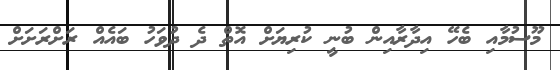
މޫސުމާއި ބެހޭ އިދާރާއިން ބުނީ ކުރިޔަށް އޮތް ދެ ދުވަހު ބައެއް ރަށްރަށަށް